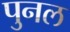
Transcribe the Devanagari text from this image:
पुनल